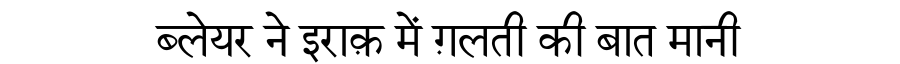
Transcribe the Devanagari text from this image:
ब्लेयर ने इराक़ में ग़लती की बात मानी